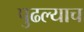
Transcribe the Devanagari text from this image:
पुढल्याच